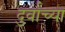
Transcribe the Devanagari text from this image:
दुर्वांच्या